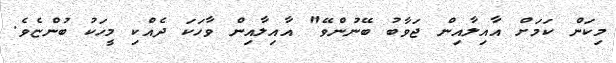
މިކަން ކަމަށް އާއިލާއިން ޖަވާބު ބޭނުންވޭ" އާއިލާއިން ވާހަކަ ދެއްކި މީހަކު ބުންޏެވެ.